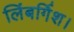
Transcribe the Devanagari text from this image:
लिंबर्गिश।